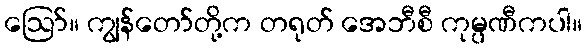
ဪ။ ကျွန်တော်တို့က တရုတ် အေဘီစီ ကုမ္ပဏီကပါ။